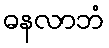
ဓနလာဘံ